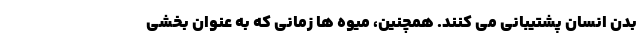
بدن انسان پشتیبانی می کنند. همچنین، میوه ها زمانی که به عنوان بخشی